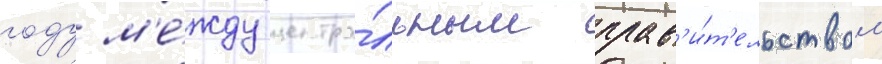
году м'е́жду центра́льным прав'и́т'ельством